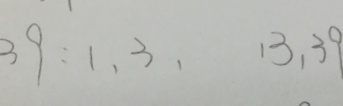
3 9 : 1 , 3 , 1 3 , 3 9